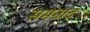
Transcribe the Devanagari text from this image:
समनाद